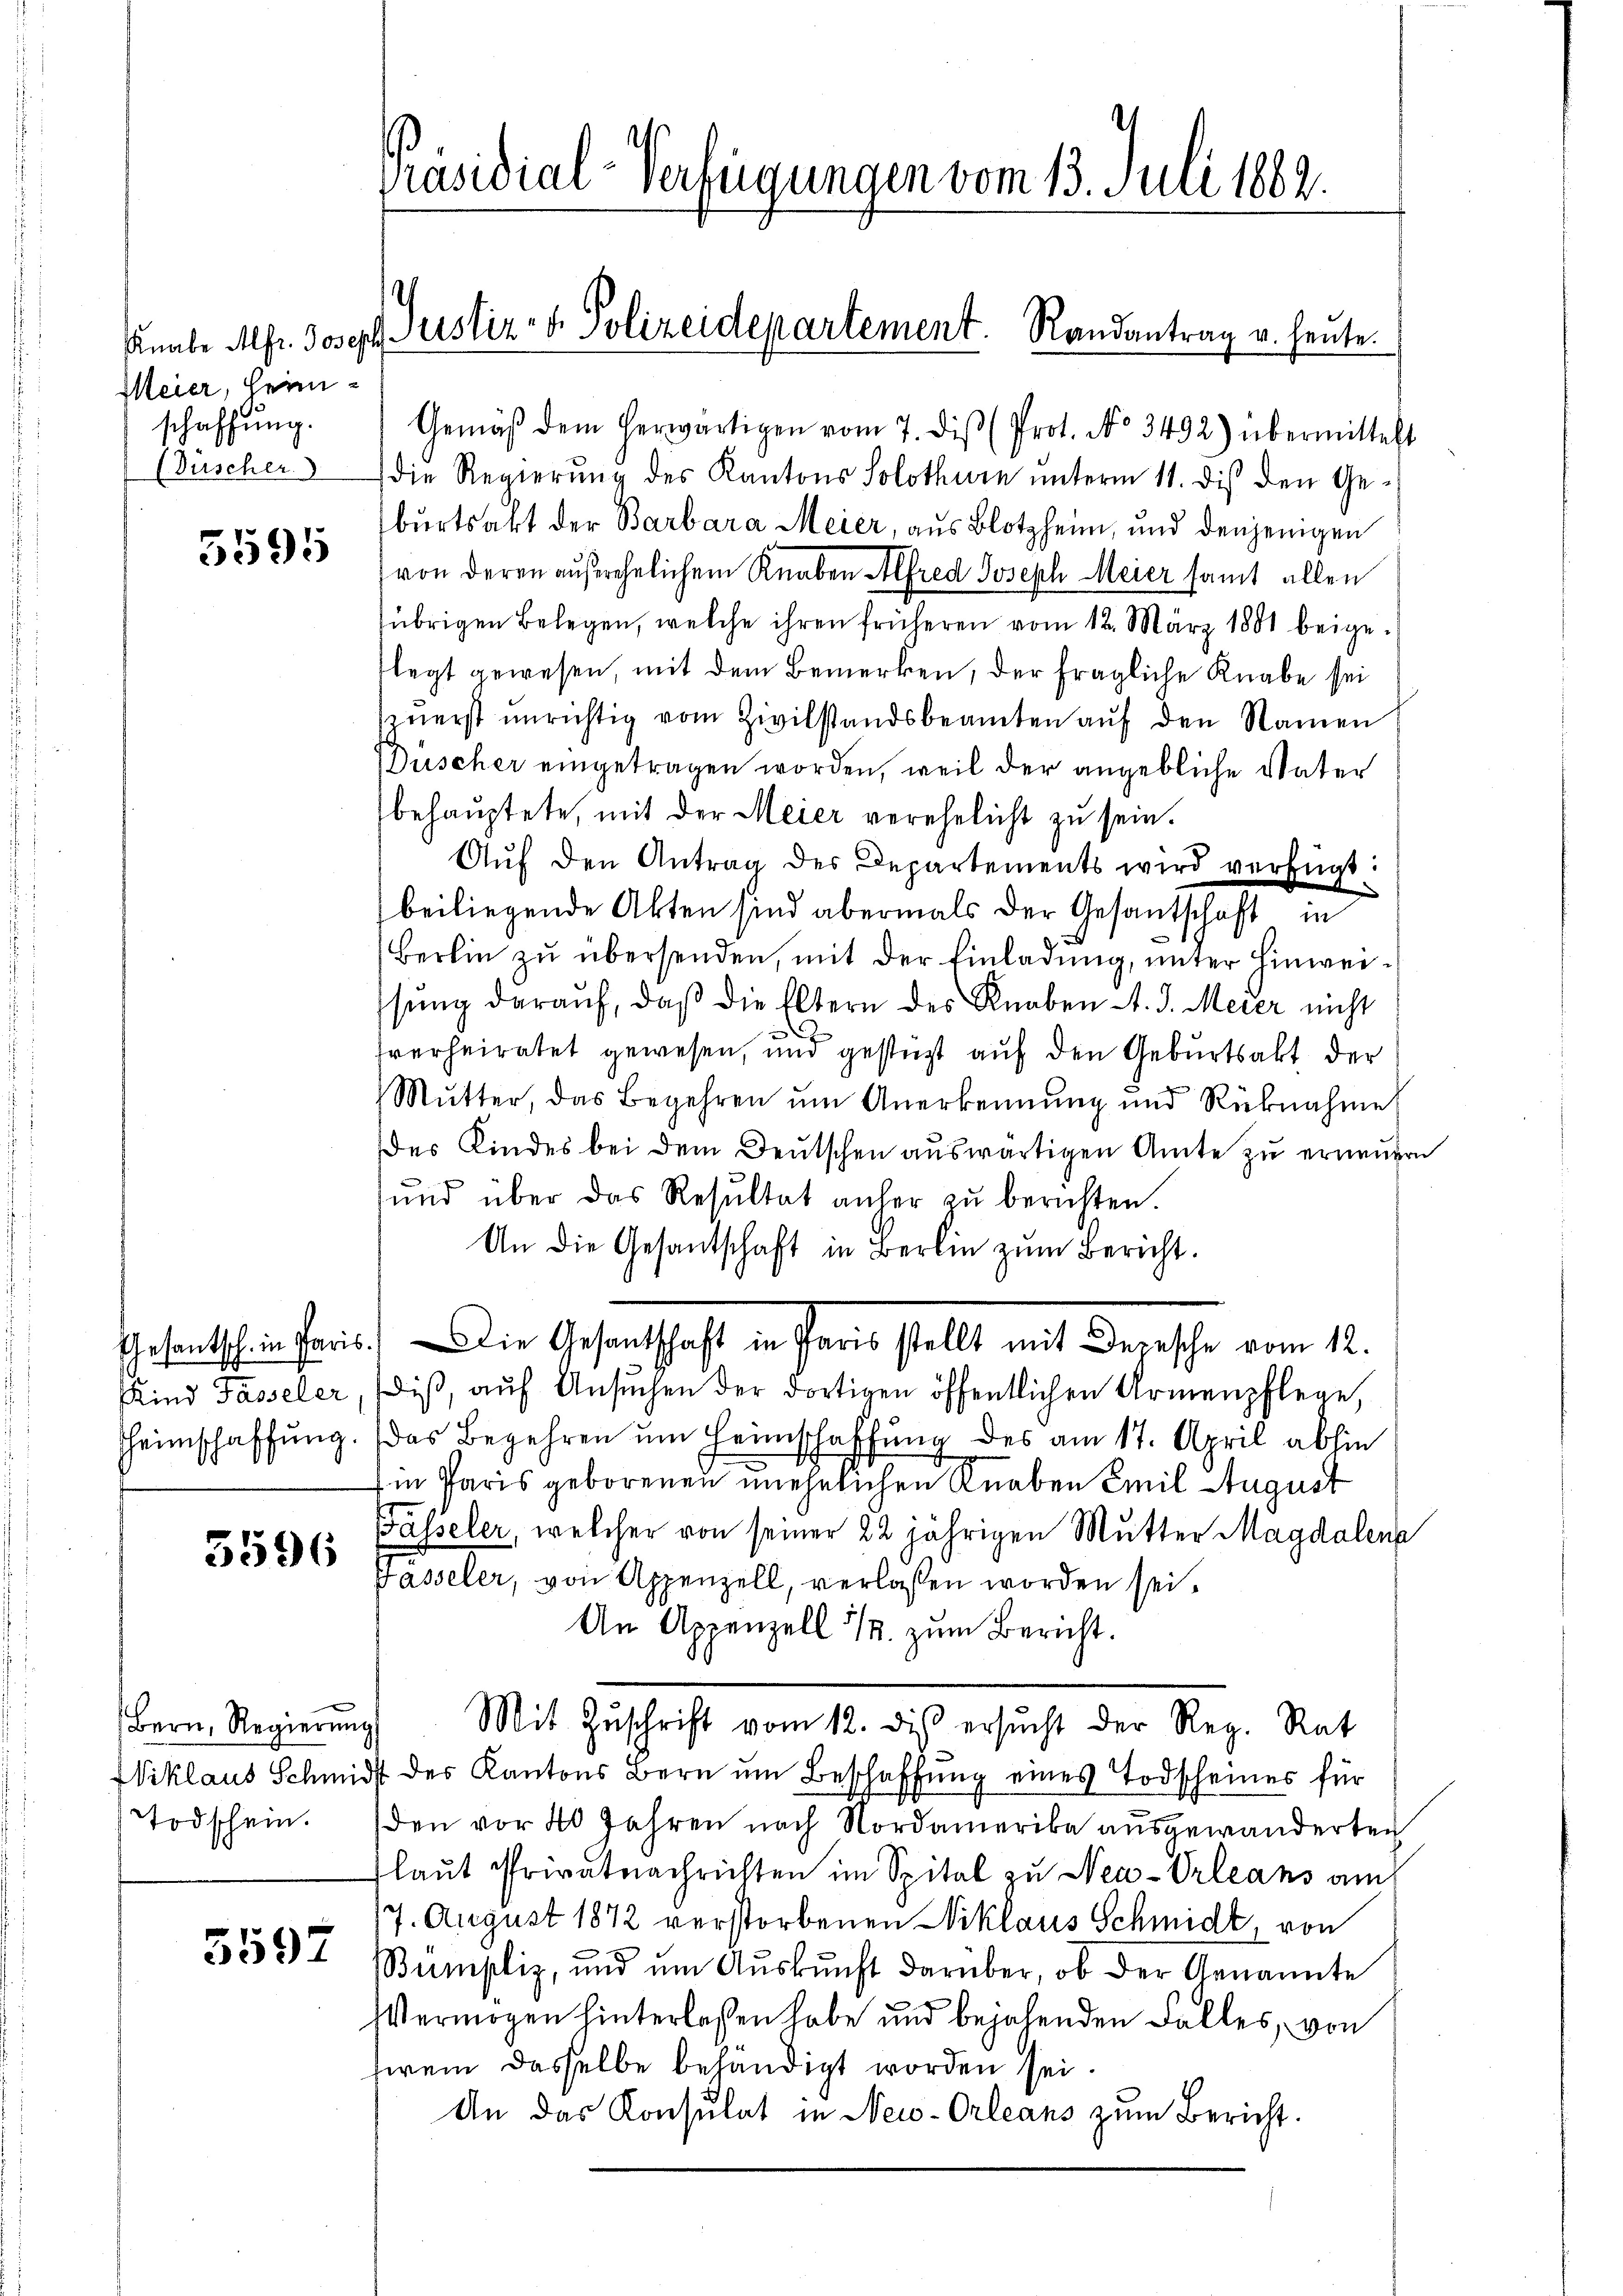
Meier, Heim
schaffung.

5595

3596

Bern, Regierung
Todschein.

5597

Präsidial-Verfügungen vom 13. Juli 1882.

Knabe Mlfr. Joseph Justiz- & Polizeidepartement. Randantrag u. heute.

Gemäβ dem herwärtigen vom 7. dis (Prot. No 3492) übermittelt
Büscher die Regierŭng des Kantons Solothurn unterm 11. dis den Ge-
burtsakt der Barbara Meier, aus Blotzheim, und denjenigen
(von deren außerehelichem Knaben Alfred Joseph Meier samt allen
übrigen Belegen, welche ihren früheren vom 12. März 1881 beigelegt gewesen, mit dem Bemerken, der fragliche Knabe sei
zŭerst unrichtig vom Zivilstandsbeamten aŭf den Namen
Düscher eingetragen worden, weil der angebliche Vater
behauptete, mit der Meier verehelicht zu sein.
Aŭf den Antrag des Departements wird verfügt:
beiliegende Akten sind abermals der Gesantschaft in
Berlin zu übersenden, mit der Einladung, unter Hinweisŭng darauf, daß die Eltern des Knaben d. J. Meier nicht
i
sverheiratet gewesen, und gestüzt auf den Geburtsakt der
Mŭtter, das Begehren ŭm Anerkennung und Rücknahme
es Kindes bei dem Deutschen auswärtigen Amte zu erneuern
und über das Resŭltat anher zŭ berichten.
An die Gesantschaft in Berlin zum Bericht.
esentschen Paris. Die Gesandtschaft in Paris stellt mit dersche vom 12.
Kind Fasseler, (diβ, aŭf Ansŭchen der dortigen öffentlichen Armenpflege,
Heimschaffŭng. Das Begehren um Heimschaffung des am 17. April abhin
in Paris geborenen unehelichen Knaben Emil August
Basseler, welcher von seiner 22 jährigen Mutter Magdalena
Passeler, von Appenzell, verlassen worden sei.
An Appenzell 1/2. zum Bericht.
Mit Zuschrift vom 12. dis ersucht der Reg. Rat
Wiklaus Schmidt des Kantons Bern um Beschaffung eines Todscheines für
den vor 40 Jahren nach Nordamerika ausgewanderten
laut Privatnachrichten im Spital zu Neu-Orleans am
17. August 1872 verstorbenen Niklaus Schmidt, von
Bumpliz, und ŭm Aŭskŭnft darüber, ob der Genannte
VVermögen hinterlassen habe und bejahenden Falles, von
terem dasselbe behändigt worden sei.
An das Konsulat in New-Orleans zum Bericht.